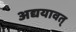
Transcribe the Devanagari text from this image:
अद्ययावत्